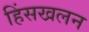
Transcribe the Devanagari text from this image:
हिंसखलन